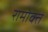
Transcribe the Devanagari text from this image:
रामोक्त